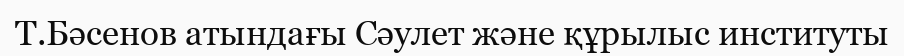
Т.Бәсенов атындағы Сәулет және құрылыс институты